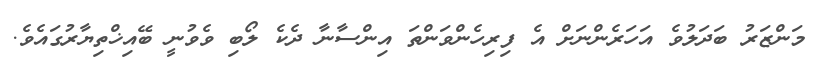
މަންޒަރު ބަދަލުވެ އަހަރެންނަށް އެ ފިރިހެންވަންތަ އިންސާނާ ދެކެ ލޯބި ވެވުނީ ބޭއިޚްތިޔާރުގައެވެ.